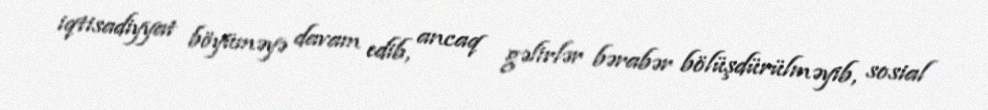
iqtisadiyyat böyüməyə davam edib, ancaq gəlirlər bərabər bölüşdürülməyib, sosial